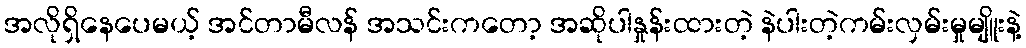
အလိုရှိနေပေမယ့် အင်တာမီလန် အသင်းကတော့ အဆိုပါနှုန်းထားတဲ့ နဲပါးတဲ့ကမ်းလှမ်းမှုမျိူးနဲ့